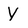
Character: Y